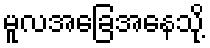
မူလအခြေအနေသို့